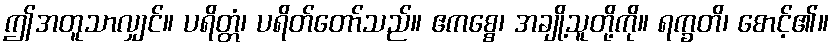
ဤအတူသာလျှင်။ ပရိတ္တံ၊ ပရိတ်တော်သည်။ ဧကစ္စေ၊ အချို့သူတို့ကို။ ရက္ခတိ၊ စောင့်၏။